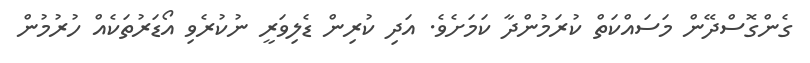
ގެންގޮސްދޭން މަސައްކަތް ކުރަމުންދާ ކަމަށެވެ. އަދި ކުރިން ޑެލިވަރީ ނުކުރެވި އޯޑަރުތަކެއް ހުރުމުން